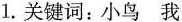
1.关键词：小鸟 我